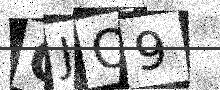
Text: QJQ9